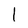
Character: 1